Report of the Indian Hemp Drugs Commission, 1894-1895 - Volume V
Year: 1894
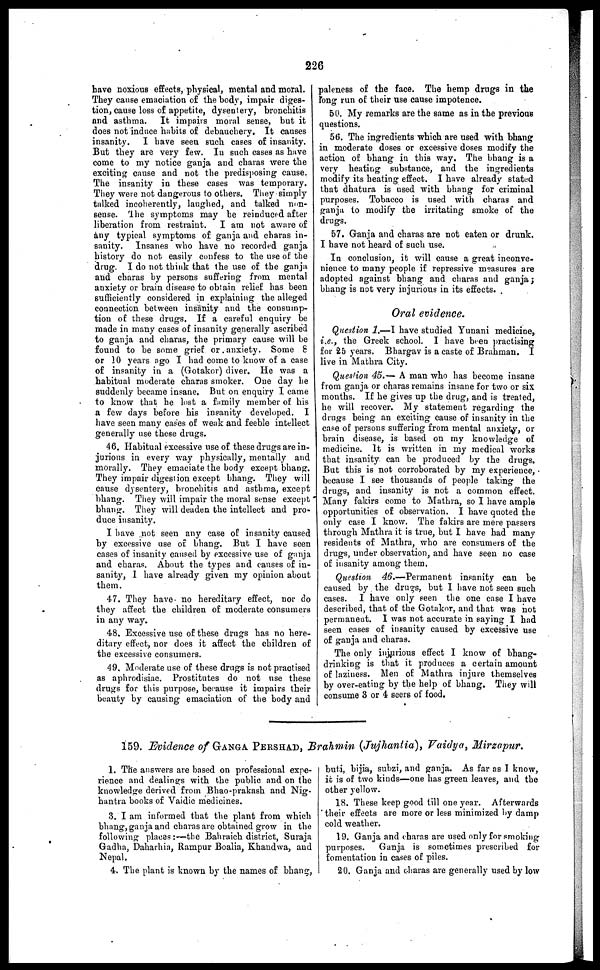
226
have noxious effects, physical, mental and moral.
They cause emaciation of the body, impair diges-
tion, cause loss of appetite, dysentery, bronchitis
and asthma. It impairs moral sense, but it
does not induce habits of debauchery. It causes
insanity. I have seen such cases of insanity.
But they are very few. In such cases as have
come to my notice ganja and charas were the
exciting cause and not the predisposing cause.
The insanity in these cases was temporary.
They were not dangerous to others. They simply
talked incoherently, laughed, and talked non-
sense. The symptoms may be reinduced after
liberation from restraint. I am not aware of
any typical symptoms of ganja and charas in-
sanity. Insanes who have no recorded ganja
history do not easily confess to the use of the
drug. I do not think that the use of the ganja
and charas by persons suffering from mental
anxiety or brain disease to obtain relief has been
sufficiently considered in explaining the alleged
connection between insanity and the consump-
tion of these drugs. If a careful enquiry be
made in many cases of insanity generally ascribed
to ganja and charas, the primary cause will be
found to be some grief or anxiety. Some 8
or 10 years ago I had come to know of a case
of insanity in a (Gotakor) diver. He was a
habitual moderate charas smoker. One day he
suddenly became insane. But on enquiry I came
to know that he lost a family member of his
a few days before his insanity developed. I
have seen many cases of weak and feeble intellect
generally use these drugs.
46. Habitual excessive use of these drugs are in-
jurious in every way physically, mentally and
morally. They emaciate the body except bhang.
They impair digestion except bhang. They will
cause dysentery, bronchitis and asthma, except
bhang. They will impair the moral sense except
bhang. They will deaden the intellect and pro-
duce insanity.
I have not seen any case of insanity caused
by excessive use of bhang. But I have seen
cases of insanity caused by excessive use of ganja
and charas. About the types and causes of in-
sanity, I have already given my opinion about
them.
47. They have no hereditary effect, nor do
they affect the children of moderate consumers
in any way.
48. Excessive use of these drugs has no here-
ditary effect, nor does it affect the children of
the excessive consumers.
49. Moderate use of these drugs is not practised
as aphrodisiac. Prostitutes do not use these
drugs for this purpose, because it impairs their
beauty by causing emaciation of the body and
paleness of the face. The hemp drugs in the
long run of their use cause impotence.
50. My remarks are the same as in the previous
questions.
56. The ingredients which are used with bhang
in moderate doses or excessive doses modify the
action of bhang in this way. The bhang is a
very heating substance, and the ingredients
modify its heating effect. I have already stated
that dhatura is used with bhang for criminal
purposes. Tobacco is used with charas and
ganja to modify the irritating smoke of the
drugs.
57. Ganja and charas are not eaten or drunk.
I have not heard of such use.
In conclusion, it will cause a great inconve-
nience to many people if repressive measures are
adopted against bhang and charas and ganja ;
bhang is not very injurious in its effects.
Oral evidence.
Question 1.—I have studied Yunani medicine,
i.e., the Greek school. I have been practising
for 25 years. Bhargav is a caste of Brahman. I
live in Mathra City.
Question 45.— A man who has become insane
from ganja or charas remains insane for two or six
months. If he gives up the drug, and is treated,
he will recover. My statement regarding the
drugs being an exciting cause of insanity in the
case of persons suffering from mental anxiety, or
brain disease, is based on my knowledge of
medicine. It is written in my medical works
that insanity can be produced by the drugs.
But this is not corroborated by my experience,
because I see thousands of people taking the
drugs, and insanity is not a common effect.
Many fakirs come to Mathra, so I have ample
opportunities of observation. I have quoted the
only case I know. The fakirs are mere passers
through Mathra it is true, but I have had many
residents of Mathra, who are consumers of the
drugs, under observation, and have seen no case
of insanity among them,
Question 46.—Permanent insanity can be
caused by the drugs, but I have not seen such
cases. I have only seen the one case I have
described, that of the Gotakor, and that was not
permanent. I was not accurate in saying I had
seen cases of insanity caused by excessive use
of ganja and charas.
The only injurious effect I know of bhang-
drinking is that it produces a certain amount
of laziness. Men of Mathra injure themselves
by over-eating by the help of bhang. They will
consume 3 or 4 seers of food.
159. Evidence of GANGA PERSHAD, Brahmin (Jujhantia), Vaidya, Mirzapur.
1. The answers are based on professional expe-
rience and dealings with the public and on the
knowledge derived from Bhao-prakash and Nig-
hantra books of Vaidic medicines.
3. I am informed that the plant from which
bhang, ganja and charas are obtained grow in the
following places :—the Bahraich district, Suraja
Gadha, Daharhia, Rampur Boalia, Khandwa, and
Nepal.
4. The plant is known by the names of bhang,
buti, bijia, subzi, and ganja. As far as I know,
it is of two kinds—one has green leaves, and the
other yellow.
18. These keep good till one year. Afterwards
their effects are more or less minimized by damp
cold weather.
19. Ganja and charas are used only for smoking
purposes. Ganja is sometimes prescribed for
fomentation in cases of piles.
20. Ganja and charas are generally used by low